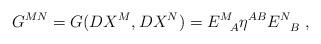
LaTeX: \begin{align*}G^{M N}=G(DX^M, DX^N) = E^{M~}_{~~A}\eta^{AB} E^N_{~~B}~,\end{align*}